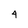
Character: 4